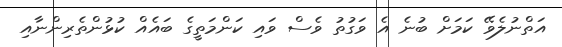
އަތްނުލެވޭ ކަމަށް ބުނެ އެ ވަގުތު ވެސް ވައި ކަންމަތީގެ ބައެއް ކުޅުންތެރިންނާއި